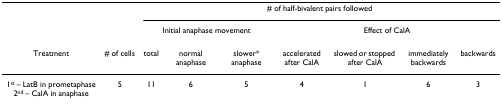
<table><thead><tr><td></td><td></td><td colspan="7"><b># of half-bivalent pairs followed</b></td></tr><tr><td></td><td></td><td colspan="3"><b>Initial anaphase movement</b></td><td colspan="4"><b>Effect of CalA</b></td></tr><tr><td><b>Treatment</b></td><td><b># of cells</b></td><td><b>total</b></td><td><b>normal anaphase</b></td><td><b>slower* anaphase</b></td><td><b>accelerated after CalA</b></td><td><b>slowed or stopped after CalA</b></td><td><b>immediately backwards</b></td><td><b>backwards</b></td></tr></thead><tbody><tr><td>1<sup>st </sup>– LatB in prometaphase2<sup>nd </sup>– CalA in anaphase</td><td>5</td><td>11</td><td>6</td><td>5</td><td>4</td><td>1</td><td>6</td><td>3</td></tr></tbody></table>